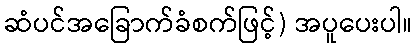
ဆံပင်အခြောက်ခံစက်ဖြင့်) အပူပေးပါ။